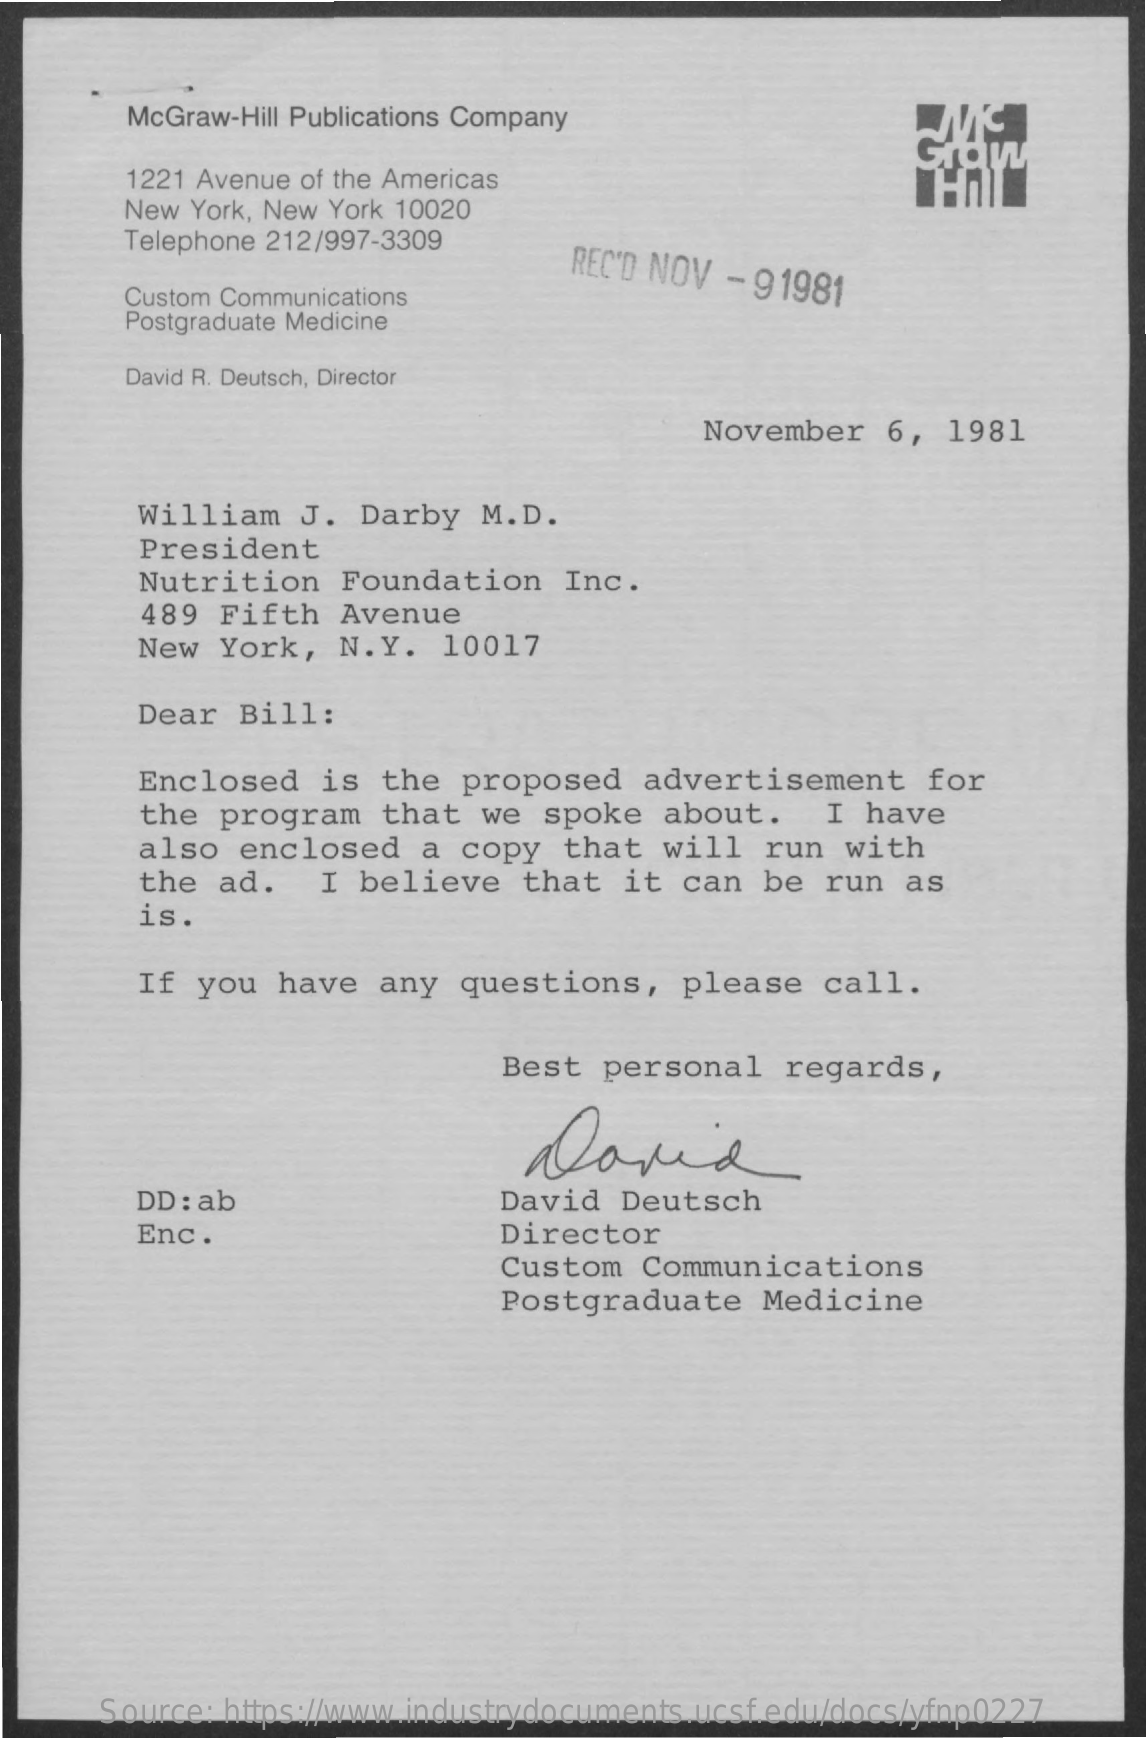
McGraw-Hill Publications Company
     1221 Avenue of the Americas
     New York, New York 10020
     Telephone 212/997-3309
     REC'D NOV - 91981 Custom Communications
     Postgraduate Medicine
     David R. Deutsch, Director
     November   6,  1981
     William   J.  Darby  M.D.
     President
     Nutrition   Foundation    Inc.
     489  Fifth  Avenue
     New  York,  N.Y.   10017
     Dear  Bill:
     Enclosed   is  the  proposed   advertisement    for
     the  program   that  we  spoke   about.    I have
     also  enclosed   a  copy  that  will   run  with
     the  ad.   I  believe   that  it  can  be  run  as
     is.
     If you  have   any  questions,    please  call.
     Best  personal   regards,
     dania
     DD : ab    David  Deutsch
     Enc.    Director
     Custom   Communications
     Postgraduate    Medicine
     Source: https://www.industrydocuments.ucsf.edu/docs/yfnp0227